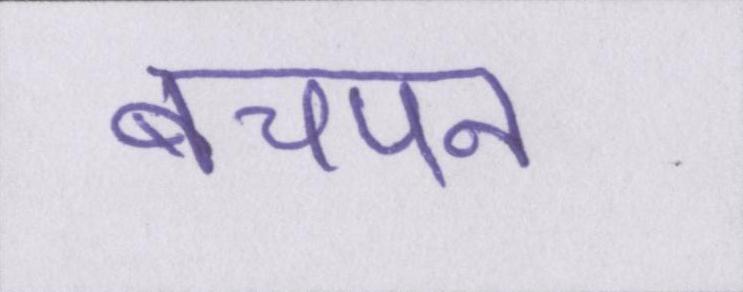
बचपन